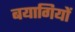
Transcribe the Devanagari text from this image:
बयागियों